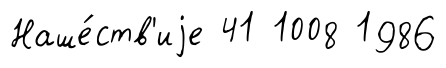
Наше́ств'иjе 41 1008 1986